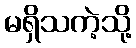
မရှိသကဲ့သို့